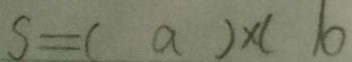
S = ( a ) \times ( b